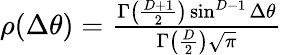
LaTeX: \begin{array}{r}{\rho(\Delta\theta)=\frac{\Gamma\left(\frac{D+1}{2}\right)\sin^{D-1}\Delta\theta}{\Gamma\left(\frac{D}{2}\right)\sqrt{\pi}}}\end{array}